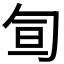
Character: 𠣙